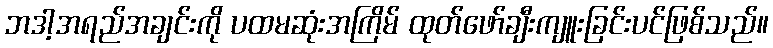
ဘဒါ့အရည်အချင်းကို ပထမဆုံးအကြိမ် ထုတ်ဖော်ချီးကျူးခြင်းပင်ဖြစ်သည်။